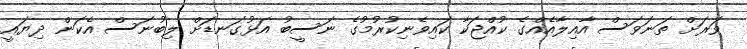
ވަރަށް ތަނަވަސް އާއިލާއެއްގެ ކުއްޖަކާ ކައިވެނިކުރުމުގެ ނަސީބު އަޅުގަނޑަށް ލިބުނަސް އެކަން ދިޔައީ